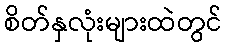
စိတ်နှလုံးများထဲတွင်